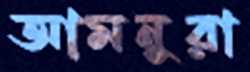
আমনুরা